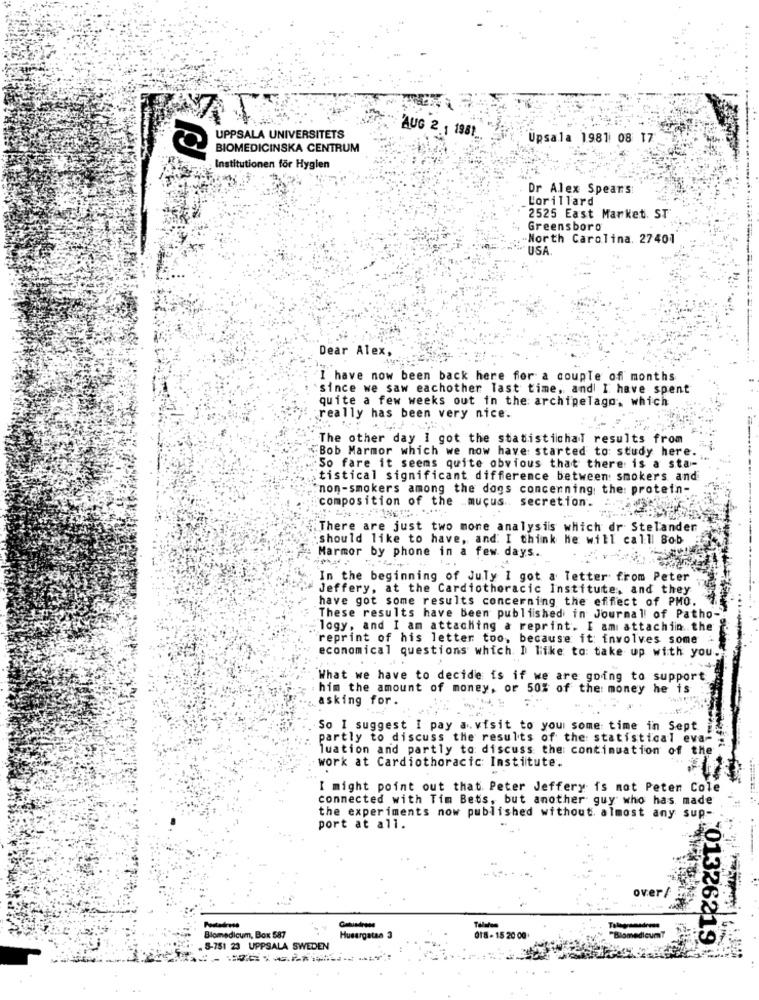
UPPSALA UNIVERSITETS
AUG 2 1 1981.
Upsala 1981 08 17
BIOMEDICINSKA CENTRUM
Institutionen for Hygien
Dr Alex Spears:
Lorillard
2525 East Market. ST
, Greensboro
"North Carolina. 27401
- USA
Dear Alex,
I have now been back here for a couple of months
since we saw eachother last time, and I have spent
quite a few weeks out in the archipelago, which
really has been very nice.
The other day I got the statistichal results from
"Bob Marmor which we now have started to study here.
So fare it seems quite obvious that there is a sta-
tistical significant difference between: smokers and
"non-smokers among the dags concerning the: protein-
composition of the _mucus .. secretion.
There are just two more analysis which dr Stelander
should like to have, and I think he will calll Bob
Marmor by phone in a few days.
...
In the beginning of July I got a letter from Peter
Jeffery, at the Cardiothoracic Institute, and they
have got some results concerning the effect of PMO.
These results have been published in Journal of Patho-
logy, and I am attaching & reprint. I am attachin the
reprint of his letter too, because it involves some
economical questions which I like to: take up with you.
What we have to decide is if we are going to support
him the amount of money, or 50% of the money he is
asking for.
So I suggest I pay a visit to your some time in Sept
partly to discuss the results of the statistical eva-
Tuation and partly to discuss the continuation of the
work at Cardiothoracic Institute.
I might point out that Peter Jeffery is not Peten Cole
connected with Tim Bets, but another guy who has made
the experiments now published without. almost any sup-
port at all.
Biomedicum, Box 587
Husargatan 3
018 - 15 20 00
=
F01326219
. 8-751 23 UPPSALA SWEDEN